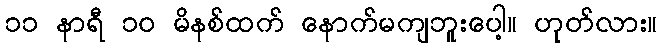
၁၁ နာရီ ၁၀ မိနစ်ထက် နောက်မကျဘူးပေါ့။ ဟုတ်လား။